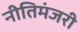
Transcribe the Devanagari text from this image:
नीतिमंजरी